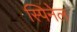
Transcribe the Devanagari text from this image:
स्पिनेल